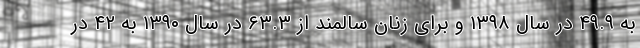
به ۴۹.۹ در سال ۱۳۹۸ و برای زنان سالمند از ۶۳.۳ در سال ۱۳۹۰ به ۴۲ در